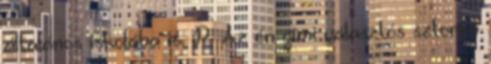
általános iskolába is. P. Az én gimi választós sztorim